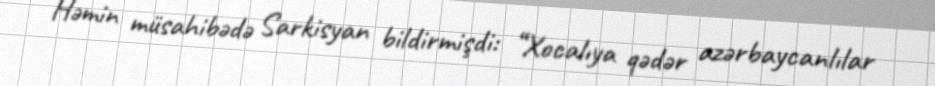
Həmin müsahibədə Sarkisyan bildirmişdi: “Xocalıya qədər azərbaycanlılar